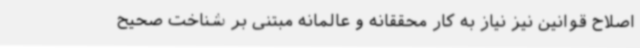
اصلاح قوانین نیز نیاز به کار محققانه و عالمانه مبتنی بر شناخت صحیح